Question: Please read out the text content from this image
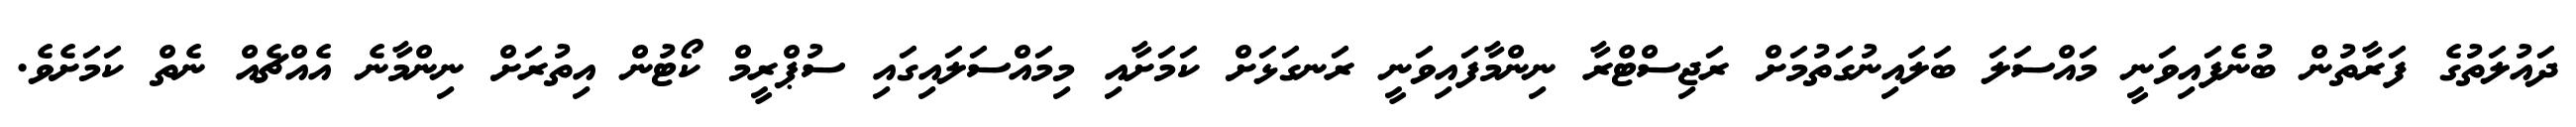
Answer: ދައުލަތުގެ ފަރާތުން ބުނެފައިވަނީ މައްސަލަ ބަލައިނުގަތުމަށް ރަޖިސްޓްރާ ނިންމާފައިވަނީ ރަނގަޅަށް ކަމަށާއި މިމައްސަލައިގައި ސުޕްރީމް ކޯޓުން އިތުރަށް ނިންމާނެ އެއްޗެއް ނެތް ކަމަށެވެ.